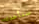
سنأخذك